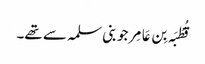
قُطْبَہ بِن عَامِر جو بنی سلمہ سے تھے۔